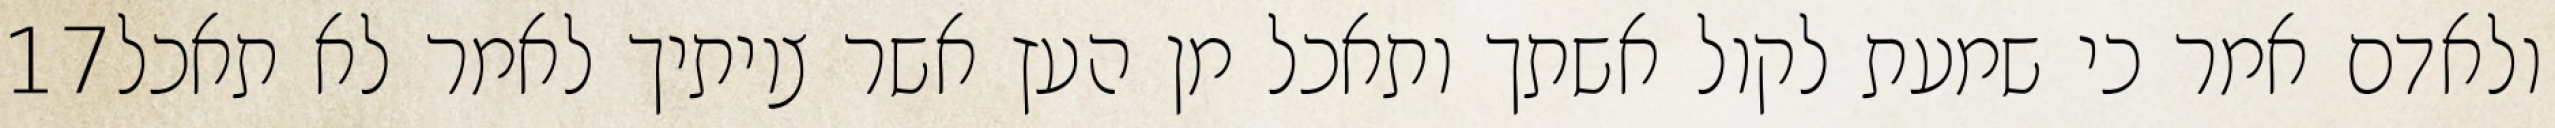
‎17‏ ולאדם אמר כי שמעת לקול אשתך ותאכל מן העץ אשר צויתיך לאמר לא תאכל